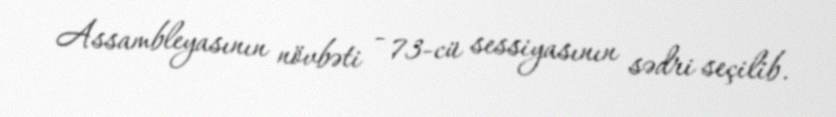
Assambleyasının növbəti - 73-cü sessiyasının sədri seçilib.